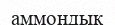
аммондық